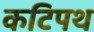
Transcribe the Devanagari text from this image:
कटिपथ